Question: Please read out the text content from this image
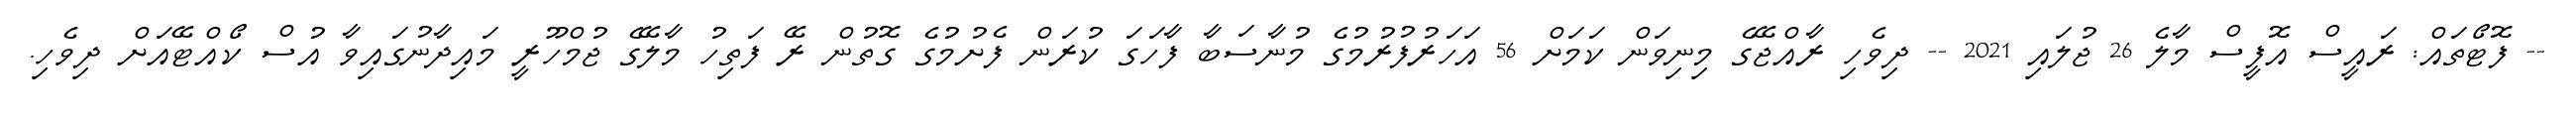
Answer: -- ފޮޓޯތައް: ރައީސް އޮފީސް މާލެ 26 ޖުލައި 2021 -- ދިވެހި ރާއްޖޭގެ މިނިވަން ކަމަށް 56 އަހަރުފުރުމުގެ މުނާސަބާ ފާހަގަ ކުރަން ފެށުމުގެ ގޮތުން ރޭ ފަތިހު މާލޭގެ ޖުމްހޫރީ މައިދާނުގައިވާ އުސް ކޯއްޓޭއަށް ދިވެހި.